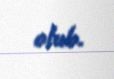
olub.